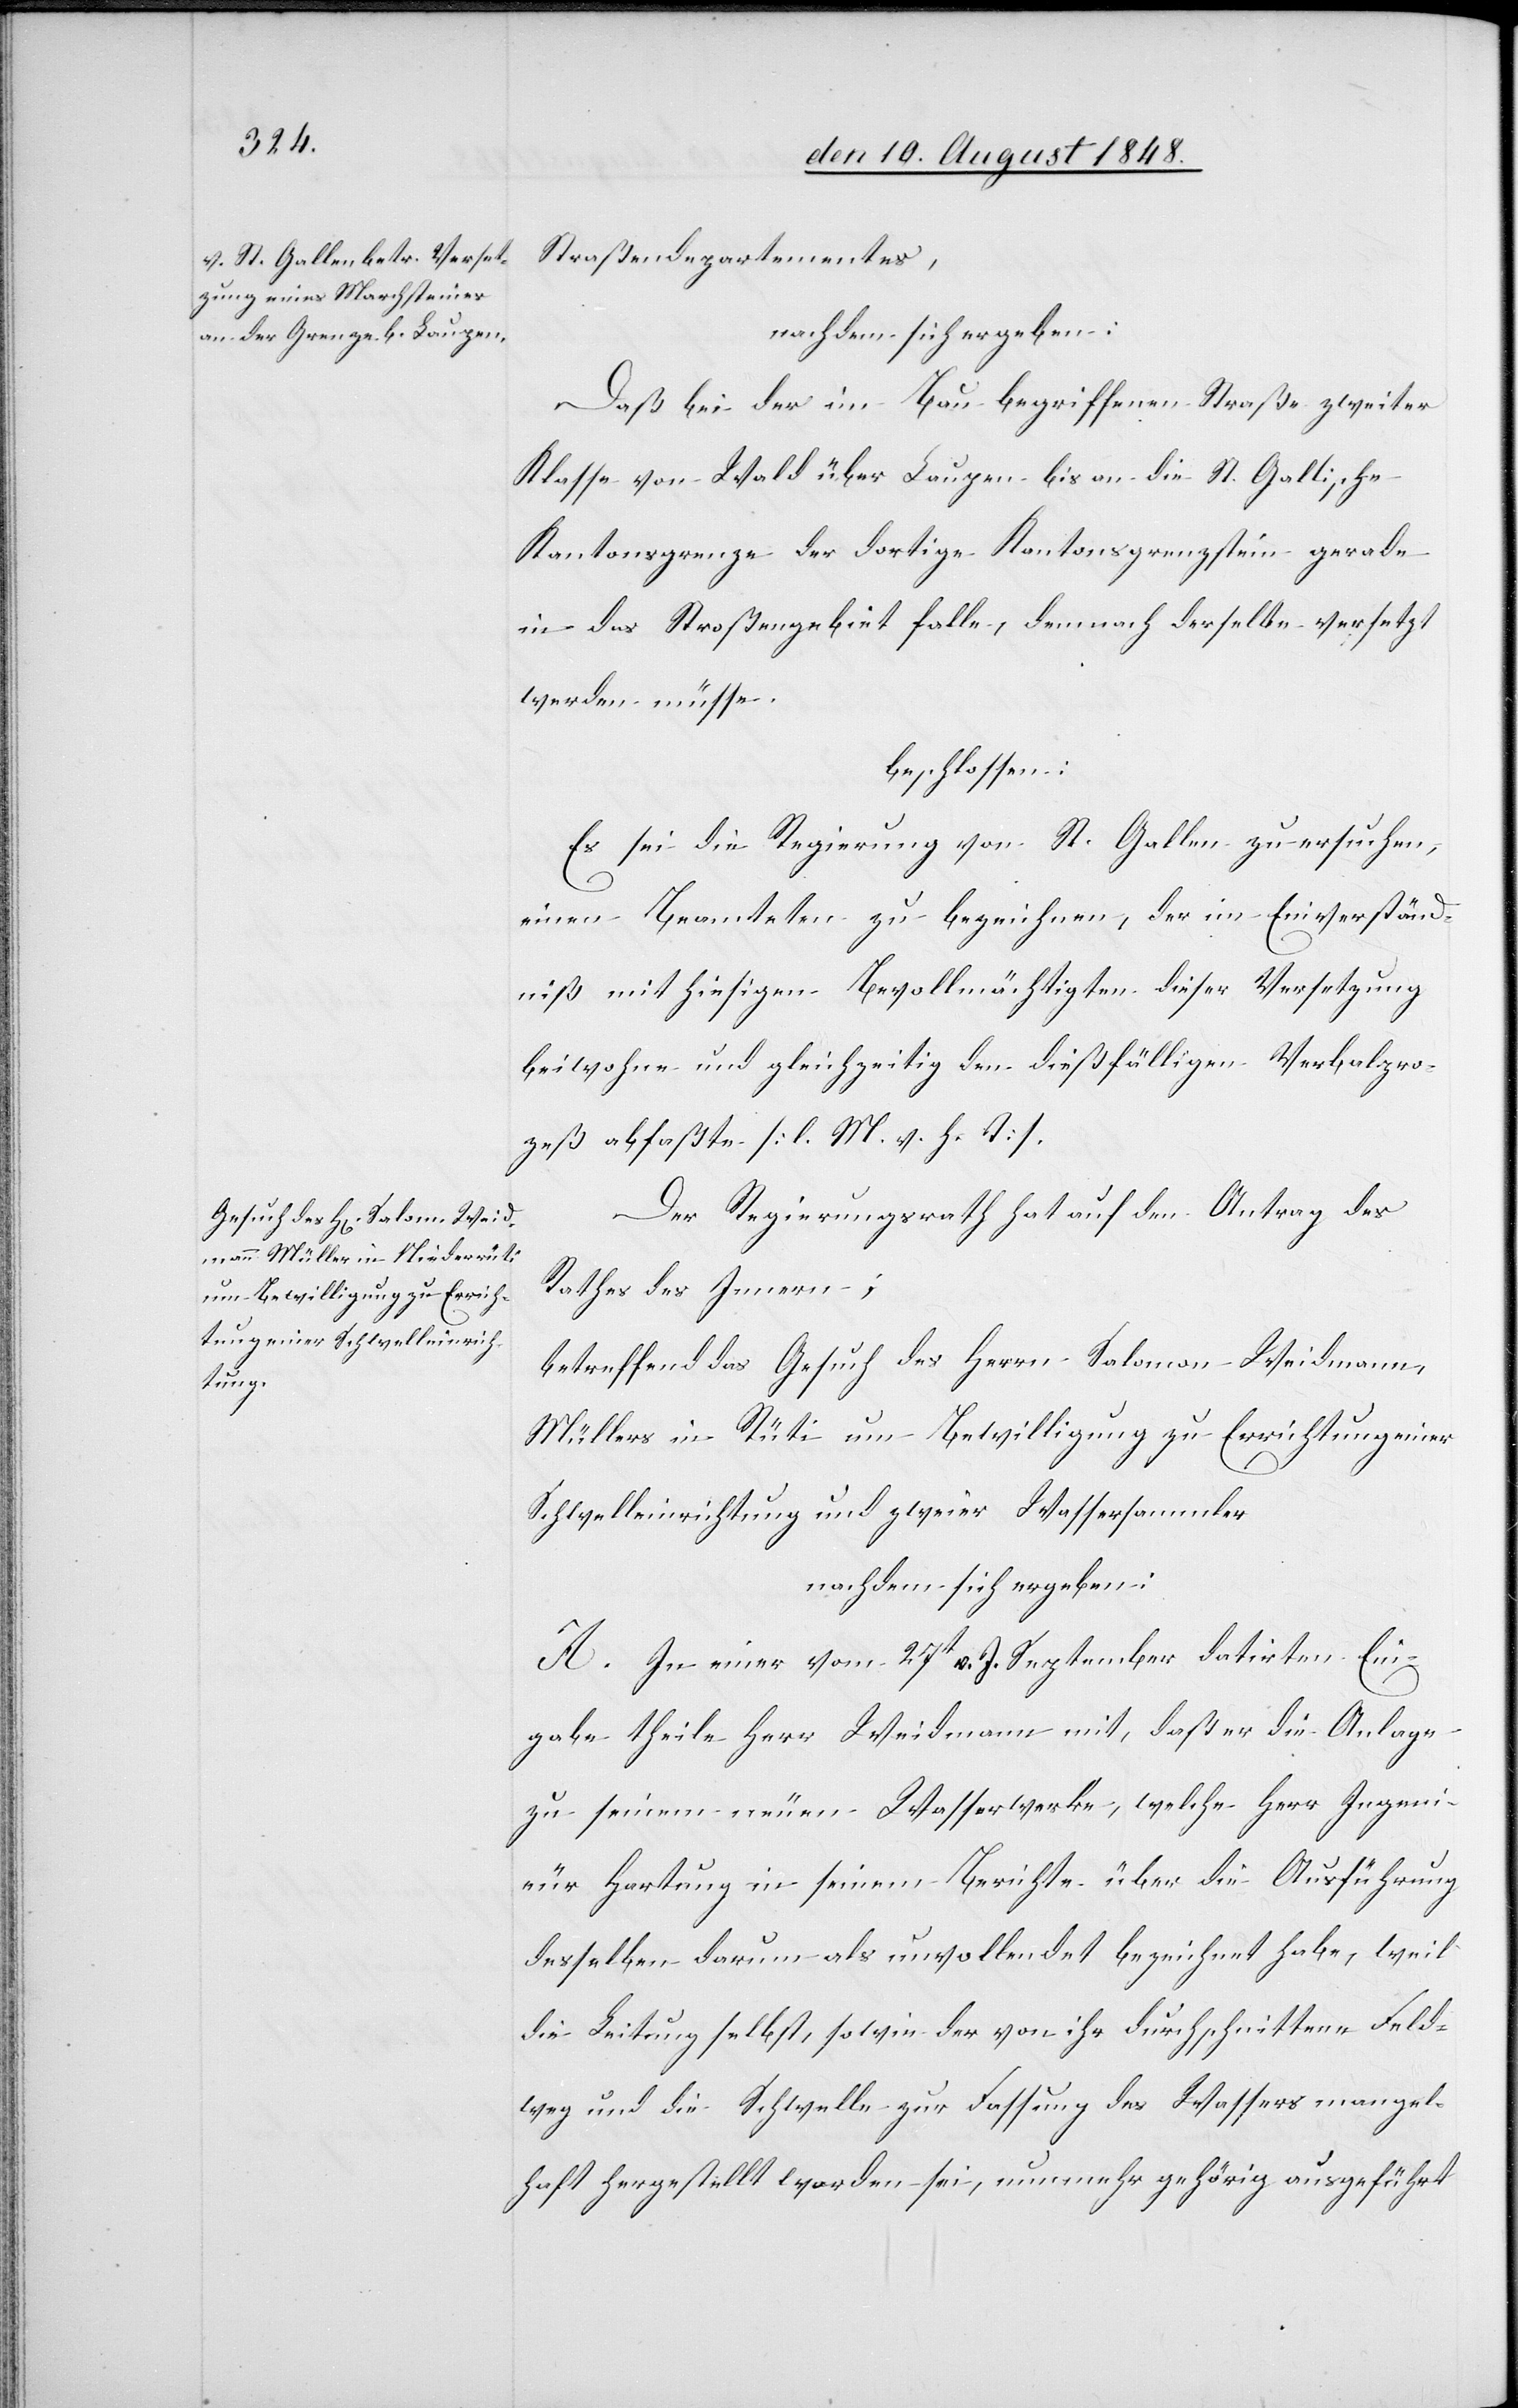
Straßendepartementes,
nachdem sich ergeben:
Daß bei der im Bau begriffenen Straße zweiter
Klasse von Wald über Laupen bis an die St. Gallische
Kantonsgrenze der dortige Kantonsgrenzstein gerade
in das Straßengebiet falle, demnach derselbe versetzt
werden müsse
beschlossen:
Es sei die Regierung von St. Gallen zu ersuchen,
einen Beamteten zu bezeichnen, der im Einverständ¬
niß mit hiesigen Bevollmächtigten dieser Versetzung
beiwohne und gleichzeitig den dießfälligen Verbalpro¬
zeß abfaßte. [l. M. v. h. T]
Der Regierungsrath hat auf den Antrag des
Rathes des Innern;
betreffend das Gesuch des Herrn Salomon Weidmann,
Müllers in Rüti um Bewilligung zu Errichtung einer
Schwelleinrichtung und zweier Wassersammler
nachdem sich ergeben:
A. In einer vom 27t v. J. September datirten Ein¬
gabe theile Herr Weidmann mit, daß er die Anlage
zu seinem neuen Wasserwerke, welche Herr Ingeni¬
eur Hartung in seinem Berichte über die Ausführung
desselben darum als unvollendet bezeichnet habe, weil
die Leitung selbst, sowie der von ihr durchschnittene Feld¬
weg und die Schwelle zur Fassung des Wassers mangel¬
haft hergestellt worden sei, nunmehr gehörig ausgeführt